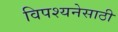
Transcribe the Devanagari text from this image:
विपश्यनेसाठी